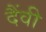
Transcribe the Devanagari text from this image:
दैंवी